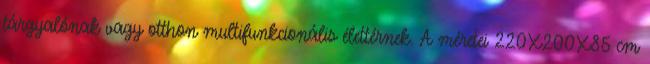
tárgyalónak vagy otthon multifunkcionális élettérnek. A méretei 220X200X85 cm